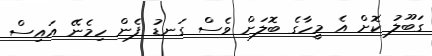
ގަބޫލު ކޮށް އެ މީހާގެ ބޮލަށް ވެސް ގަނޑު ފެން ހިމެނޭ އައިސް